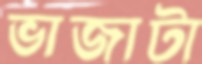
ভাজাটা